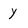
Character: y